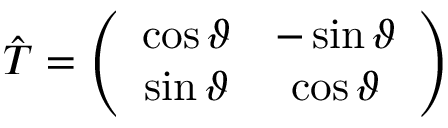
\hat { T } = \left( \begin{array} { c c } { \cos \vartheta } & { - \sin \vartheta } \\ { \sin \vartheta } & { \cos \vartheta } \end{array} \right)